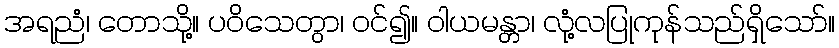
အရညံ၊ တောသို့။ ပဝိသေတွာ၊ ဝင်၍။ ဝါယမန္တာ၊ လုံ့လပြုကုန်သည်ရှိသော်။